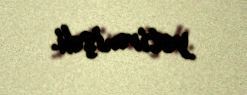
yetirmişdi.